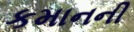
કમાનની